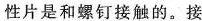
性片是和螺钉接触的。接